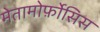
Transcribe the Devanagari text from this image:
मेतामोर्फ़ोसिस